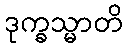
ဒုက္ခသ္မာတိ